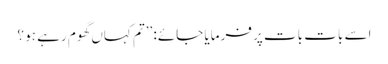
اسے بات بات پر فرمایا جائے: ’’تم کہاں گھوم رہے ہو ؟